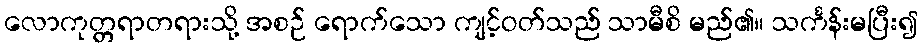
လောကုတ္တရာတရားသို့ အစဉ် ရောက်သော ကျင့်ဝတ်သည် သာမီစိ မည်၏။ သင်္ကန်းမပြီး၍